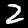
Digit: 2